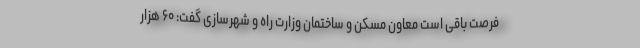
فرصت باقی است معاون مسکن و ساختمان وزارت راه و شهرسازی گفت: ۶۰ هزار